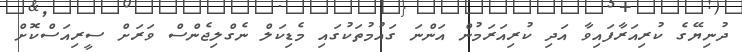
ދުނިޔޭގެ ކުރިއަރާފައިވާ އަދި ކުރިއަރަމުން އަންނަ ގައުމުތަކުގައި މެޑިކަލް ނެގްލިޖެންސް ވަރަށް ސީރިއަސްކޮށް